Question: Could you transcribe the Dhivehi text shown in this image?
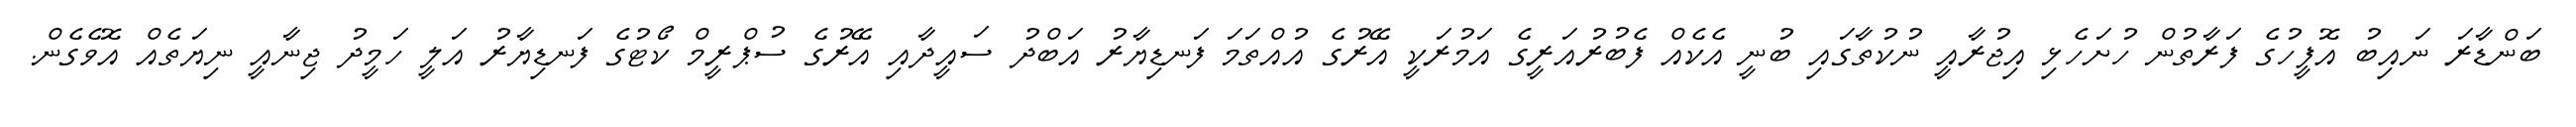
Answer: ބަންޑާރަ ނައިބު އޮފީހުގެ ފަރާތުން ހުށަހެޅި އިޖުރާއީ ނުކުތާގައި ބުނީ އެކެއް ފެބުރުއަރީގެ އަމުރަކީ އޭރުގެ އުއްތަމަ ފަނޑިޔާރު އަބްދު ސައީދާއި އޭރުގެ ސުޕްރީމް ކޯޓުގެ ފަނޑިޔާރު އަލީ ހަމީދު ޖިނާއީ ނިޔަތެއް އޮވެގެން.